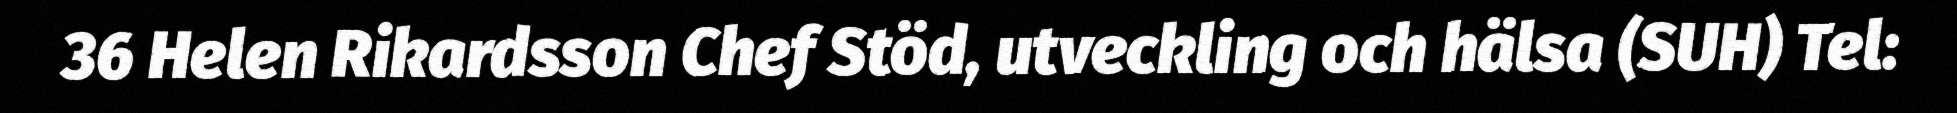
36 Helen Rikardsson Chef Stöd, utveckling och hälsa (SUH) Tel: